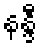
နန္ဒီ